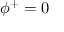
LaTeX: \phi ^ { + } = 0